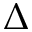
\Delta